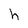
Character: h